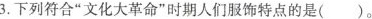
3.下列符合”文化大革命”时期人们服饰特点的是()。